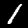
Label: 1